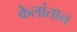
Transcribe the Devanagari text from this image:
केलांतान